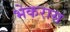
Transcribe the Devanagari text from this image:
भेकरास